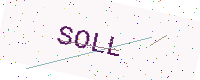
Text: SOLL